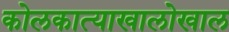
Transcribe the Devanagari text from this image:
कोलकात्याखालोखाल